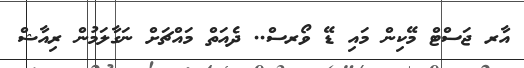
އާރ ޖަސްޓް މޭކިން މައި ޑޭ ވޯރސް.. ދެއަތް މައްޗަށް ނަގާލަމުން ރިއާޝް